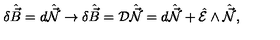
\delta \hat { \vec { B } } = d \hat { \vec { \cal N } } \rightarrow \delta \hat { \vec { B } } = { \cal D } \hat { \vec { \cal N } } = d \hat { \vec { \cal N } } + \hat { \cal E } \wedge \hat { \vec { \cal N } } ,